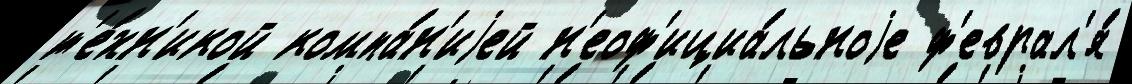
т'е́хн'икой компа́н'иjей н'еоф'ициа́льноjе ф'еврал'я́